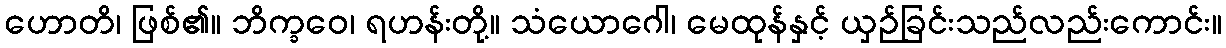
ဟောတိ၊ ဖြစ်၏။ ဘိက္ခဝေ၊ ရဟန်းတို့။ သံယောဂေါ၊ မေထုန်နှင့် ယှဉ်ခြင်းသည်လည်းကောင်း။